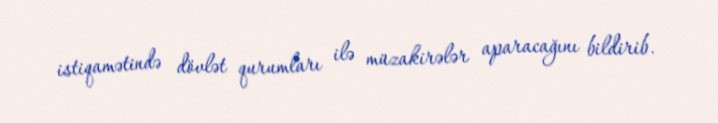
istiqamətində dövlət qurumları ilə müzakirələr aparacağını bildirib.